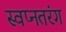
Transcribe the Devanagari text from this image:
स्वप्नतरंग